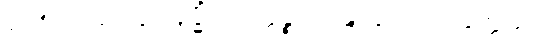
၃၉၈။ ဆေတွာ နဒ္ဓိံ ဝရတ္တဉ္စ၊ သန္ဒာနံ သဟနုက္ကမံ။